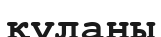
құланы